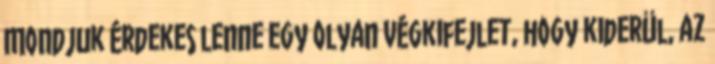
Mondjuk érdekes lenne egy olyan végkifejlet, hogy kiderül, az